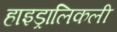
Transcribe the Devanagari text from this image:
हाइड्रालिकली